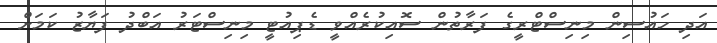
އަދި ހައުސިން މިނިސްޓްރީގެ ފަރާތުން ސޮއިކުރެއްވީ ޑެޕިއުޓީ މިނިސްޓަރު އަބްދު ފަޔާޒު ކަމަށް